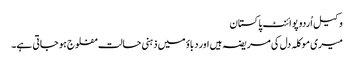
وکیل اُردو پوائنٹ پاکستان
میری موکلہ دل کی مریضہ ہیں اور دباؤ میں ذہنی حالت مفلوج ہو جاتی ہے۔